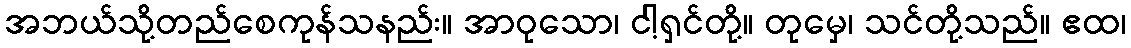
အဘယ်သို့တည်စေကုန်သနည်း။ အာဝုသော၊ ငါ့ရှင်တို့။ တုမှေ၊ သင်တို့သည်။ ဧထ၊